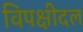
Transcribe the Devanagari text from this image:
विपक्षीदल